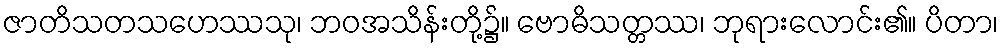
ဇာတိသတသဟေဿသု၊ ဘဝအသိန်းတို့၌။ ဗောဓိသတ္တဿ၊ ဘုရားလောင်း၏။ ပိတာ၊